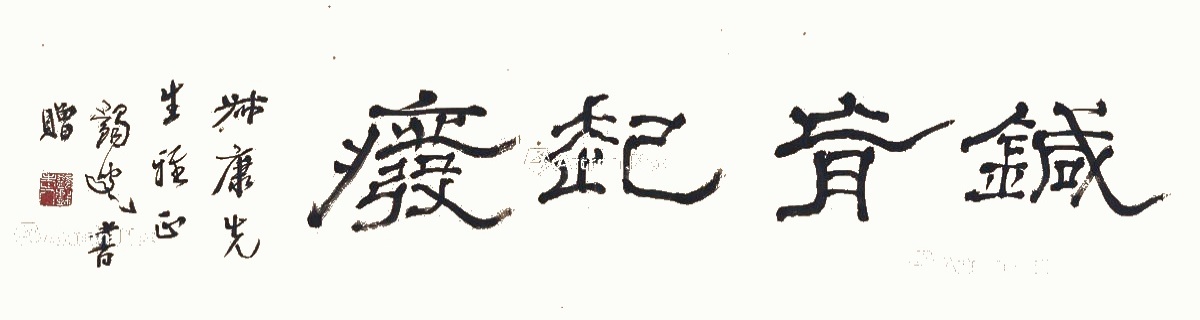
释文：针肓起废。叔康先生雅正，蠲叟书赠。